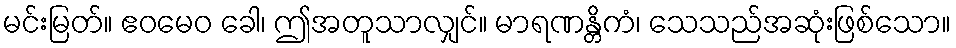
မင်းမြတ်။ ဧဝမေဝ ခေါ၊ ဤအတူသာလျှင်။ မာရဏန္တိကံ၊ သေသည်အဆုံးဖြစ်သော။